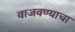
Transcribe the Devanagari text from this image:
वाजवण्याचा